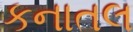
કનાતલ